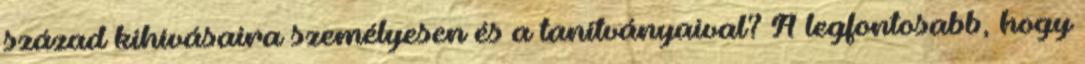
század kihívásaira személyesen és a tanítványaival? A legfontosabb, hogy